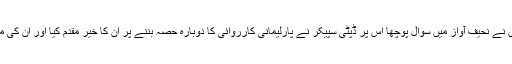
وقفہ سوالات کے دوران انہوں نے نحیف آواز میں سوال پوچھا اس پر ڈپٹی سپیکر نے پارلیمانی کارروائی کا دوبارہ حصہ بننے پر ان کا خیر مقدم کیا اور ان کی مکمل صحت یابی کی دعا کی۔